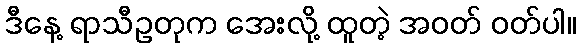
ဒီနေ့ ရာသီဥတုက အေးလို့ ထူတဲ့ အဝတ် ဝတ်ပါ။